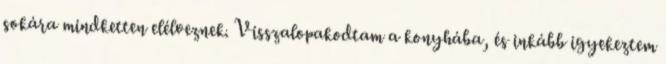
sokára mindketten elélveznek. Visszalopakodtam a konyhába, és inkább igyekeztem